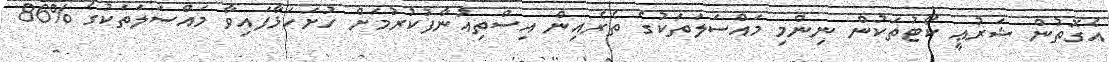
އެގޮތުން ޝަރުޢީ ކޯޓުތަކުން ނިންމި މައްސަލަތަކުގެ ތެރެއިން އިސްތިއުނާފުކުރުމަށް ހުށަހަޅާފައިވާ މައްސަލަތަކުގެ %86